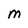
Character: m